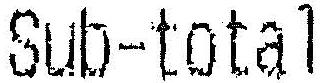
SUB-TOTAL